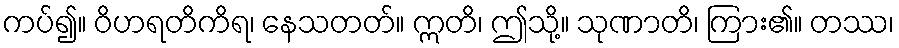
ကပ်၍။ ဝိဟရတိကိရ၊ နေသတတ်။ ဣတိ၊ ဤသို့။ သုဏာတိ၊ ကြား၏။ တဿ၊